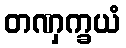
တဏှက္ခယံ